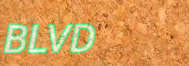
BLVD